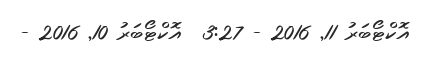
އޮކްޓޯބަރު 11